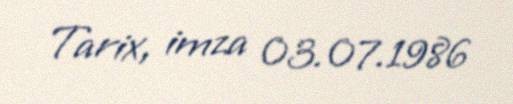
Tarix, imza 03.07.1986